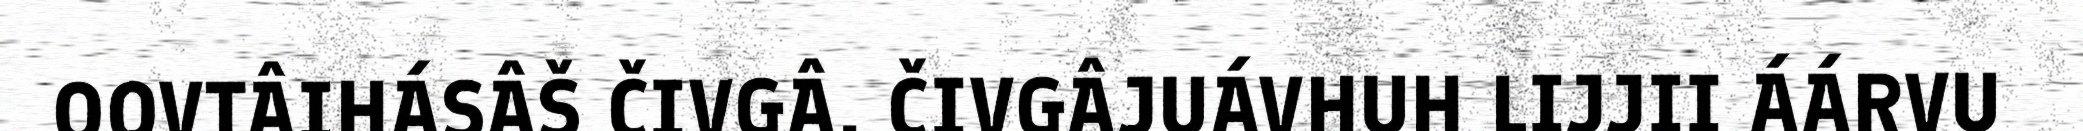
OOVTÂIHÁSÂŠ ČIVGÂ. ČIVGÂJUÁVHUH LIJJII ÁÁRVU